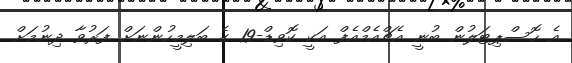
އެ ހޮސްޕިޓަލުން ބުނީ އެޗްއެމްއެފް އަކީ ކޮވިޑް-19 ގެ ބަލިމީހުންނަށް ފަރުވާ ދިނުމަށް